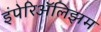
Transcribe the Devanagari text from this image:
इंपेरिॲलिझम